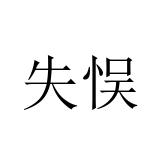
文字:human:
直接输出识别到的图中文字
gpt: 失悮